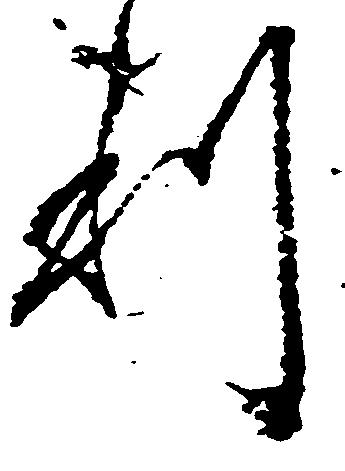
利